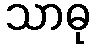
သာဓု